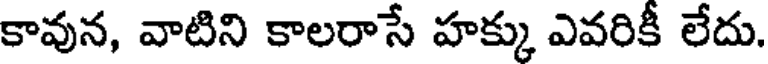
కావున, వాటిని కాలరాసే హక్కు ఎవరికీ లేదు.